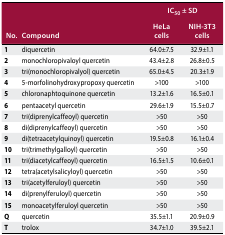
<table><thead><tr><td rowspan="2"><b>No.</b></td><td rowspan="2"><b>Compound</b></td><td colspan="2"><b>IC<sub>50</sub> ± SD</b></td></tr><tr><td><b>HeLa cells</b></td><td><b>NIH-3T3 cells</b></td></tr></thead><tbody><tr><td><b>1</b></td><td>diquercetin</td><td>64.0±7.5</td><td>32.9±1.1</td></tr><tr><td><b>2</b></td><td>monochloropivaloyl quercetin</td><td>43.4±2.8</td><td>26.8±0.5</td></tr><tr><td><b>3</b></td><td>tri(monochloropivalyol) quercetin</td><td>65.0±4.5</td><td>20.3±1.9</td></tr><tr><td><b>4</b></td><td>5-morfolinohydroxypropoxy quercetin</td><td>&gt;100</td><td>&gt;100</td></tr><tr><td><b>5</b></td><td>chloronaphtoquinone quercetin</td><td>13.2±1.6</td><td>16.5±0.1</td></tr><tr><td><b>6</b></td><td>pentaacetyl quercetin</td><td>29.6±1.9</td><td>15.5±0.7</td></tr><tr><td><b>7</b></td><td>tri(diprenylcaffeoyl) quercetin</td><td>&gt;50</td><td>&gt;50</td></tr><tr><td><b>8</b></td><td>di(diprenylcaffeoyl) quercetin</td><td>&gt;50</td><td>&gt;50</td></tr><tr><td><b>9</b></td><td>di(tetraacetylquinoyl) quercetin</td><td>19.5±0.8</td><td>16.1±0.4</td></tr><tr><td><b>10</b></td><td>tri(trimethylgalloyl) quercetin</td><td>&gt;50</td><td>&gt;50</td></tr><tr><td><b>11</b></td><td>tri(diacetylcaffeoyl) quercetin</td><td>16.5±1.5</td><td>10.6±0.1</td></tr><tr><td><b>12</b></td><td>tetra(acetylsalicyloyl) quercetin</td><td>&gt;50</td><td>&gt;50</td></tr><tr><td><b>13</b></td><td>tri(acetylferuloyl) quercetin</td><td>&gt;50</td><td>&gt;50</td></tr><tr><td><b>14</b></td><td>di(prenylferuloyl) quercetin</td><td>&gt;50</td><td>&gt;50</td></tr><tr><td><b>15</b></td><td>monoacetylferuloyl quercetin</td><td>&gt;50</td><td>&gt;50</td></tr><tr><td><b>Q</b></td><td>quercetin</td><td>35.5±1.1</td><td>20.9±0.9</td></tr><tr><td><b>T</b></td><td>trolox</td><td>34.7±1.0</td><td>39.5±2.1</td></tr></tbody></table>